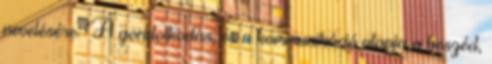
nevelésére. A gondolkodás, és a kommunikáció alapja a beszéd,